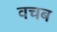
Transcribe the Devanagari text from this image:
वचब